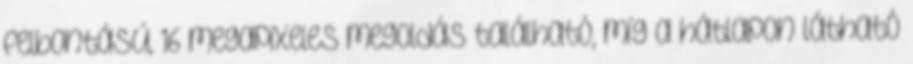
felbontású, 16 megapixeles megoldás található, míg a hátlapon látható